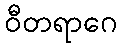
ဝီတရာဂေ